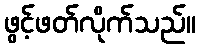
ဖွင့်ဖတ်လိုက်သည်။